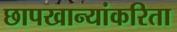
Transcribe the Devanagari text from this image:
छापखान्यांकरिता